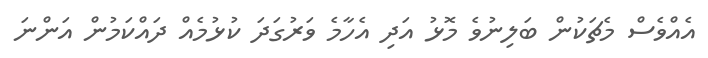
އެއްވެސް މެޗަކުން ބަލިނުވެ މޮޅު އަދި އެހާމެ ވަރުގަދަ ކުޅުމެއް ދައްކަމުން އަންނަ